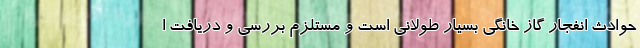
حوادث انفجار گاز خانگی بسیار طولانی است و مستلزم بررسی و دریافت ا